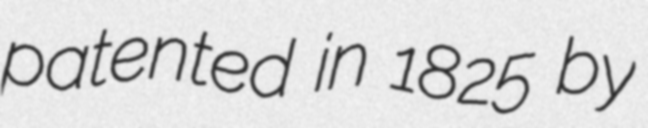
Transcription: patented in 1825 by